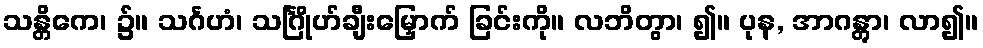
သန္တိကေ၊ ၌။ သင်္ဂဟံ၊ သင်္ဂြိုဟ်ချီးမြှောက် ခြင်းကို။ လဘိတွာ၊ ၍။ ပုန, အာဂန္တွာ၊ လာ၍။